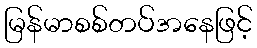
မြန်မာစစ်တပ်အနေဖြင့်